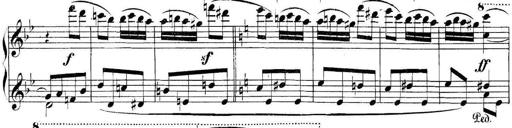
Title: Collected Piano Sonatas
Composer: Muzio Clementi